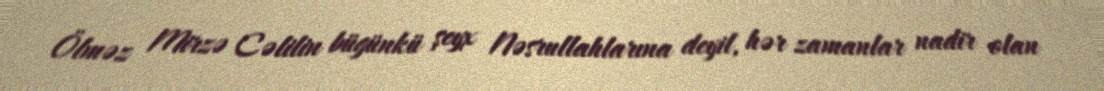
Ölməz Mirzə Cəlilin bügünkü şeyx Nəsrullahlarına deyil, hər zamanlar nadir olan